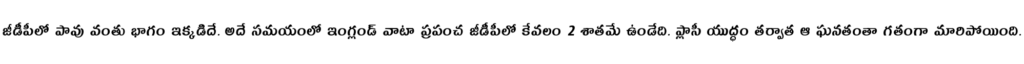
జీడీపీలో పావు వంతు భాగం ఇక్కడిదే. అదే సమయంలో ఇంగ్లండ్ వాటా ప్రపంచ జీడీపీలో కేవలం 2 శాతమే ఉండేది. ప్లాసీ యుద్ధం తర్వాత ఆ ఘనతంతా గతంగా మారిపోయింది.